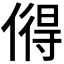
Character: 𫣓